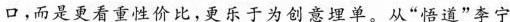
口，而是更看重性价比，更乐于为创意埋单。从”悟道”李宁